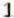
1